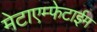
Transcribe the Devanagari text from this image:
मेटाएम्फेटाईम